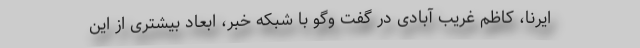
ایرنا، کاظم غریب آبادی در گفت وگو با شبکه خبر، ابعاد بیشتری از این